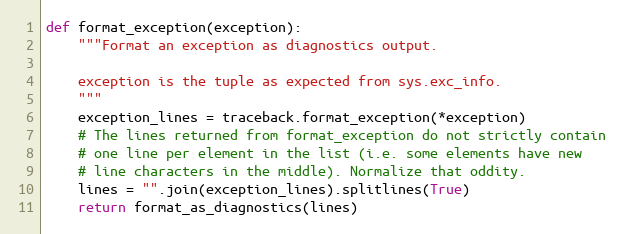
Language: Python
def format_exception(exception):
    """Format an exception as diagnostics output.

    exception is the tuple as expected from sys.exc_info.
    """
    exception_lines = traceback.format_exception(*exception)
    # The lines returned from format_exception do not strictly contain
    # one line per element in the list (i.e. some elements have new
    # line characters in the middle). Normalize that oddity.
    lines = "".join(exception_lines).splitlines(True)
    return format_as_diagnostics(lines)